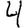
Digit: 4